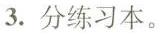
3.分练习本。